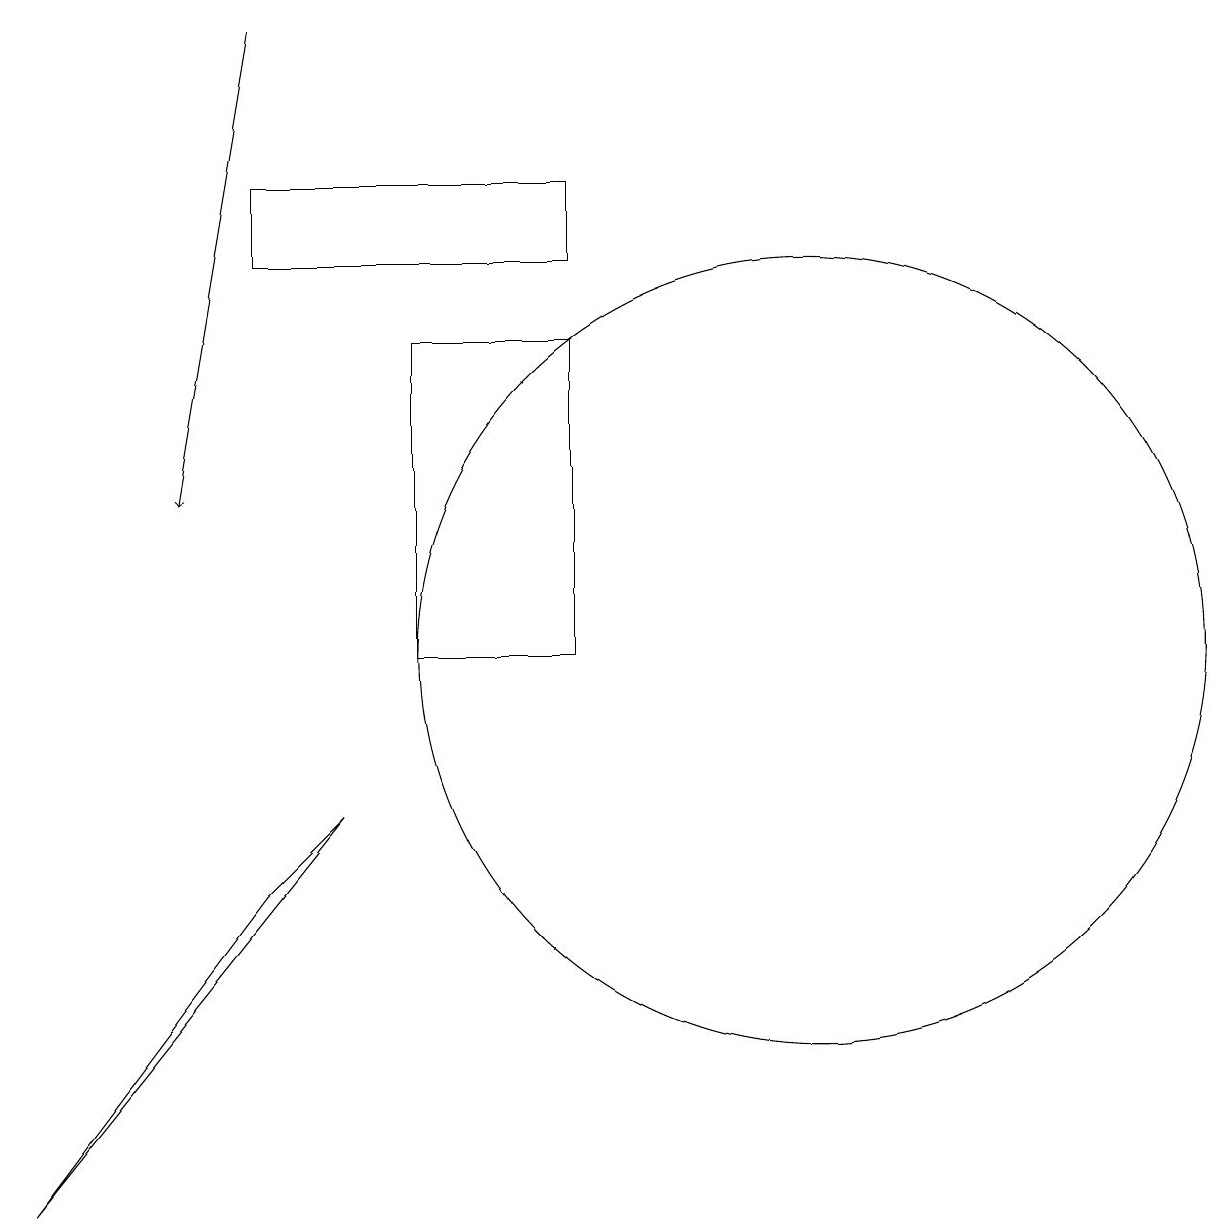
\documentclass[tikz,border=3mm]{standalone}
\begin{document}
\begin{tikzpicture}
\draw[->] (5,19) -- (4,13);
\draw (12,11) circle (5);
\draw (6,9) -- (2,4) -- (5,8) -- cycle;
\draw (5,17) rectangle (9,16);
\draw (7,11) rectangle (9,15);
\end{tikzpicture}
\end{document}